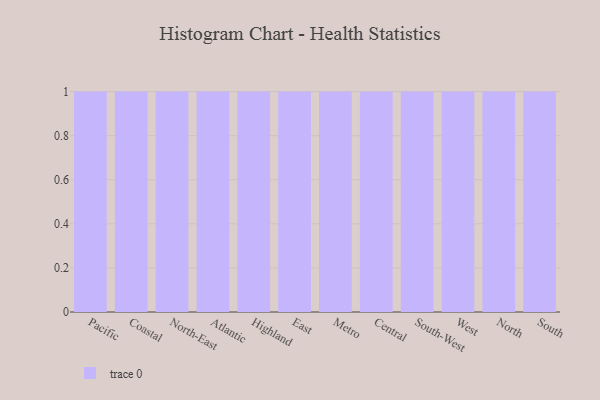
{"axis": {"x": "Region", "y": "Market Share (%)"}, "legend": [""], "data": [{"x": "Pacific", "y": 25, "type": ""}, {"x": "Coastal", "y": 17, "type": ""}, {"x": "North-East", "y": 23, "type": ""}, {"x": "Atlantic", "y": 32, "type": ""}, {"x": "Highland", "y": 91, "type": ""}, {"x": "East", "y": 34, "type": ""}, {"x": "Metro", "y": 80, "type": ""}, {"x": "Central", "y": 46, "type": ""}, {"x": "South-West", "y": 99, "type": ""}, {"x": "West", "y": 94, "type": ""}, {"x": "North", "y": 12, "type": ""}, {"x": "South", "y": 95, "type": ""}]}